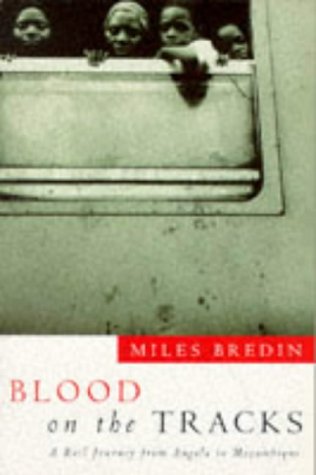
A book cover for Blood on the Tracks: A Rail Journey from Angola to Mozambique; Miles Bredin; Travel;